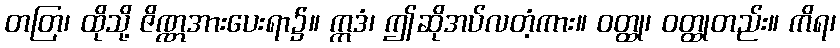
တတြ၊ ထိုသို့ ဇိဏ္ဏအားပေးရာ၌။ ဣဒံ၊ ဤဆိုအပ်လတံ့ကား။ ဝတ္ထု၊ ဝတ္ထုတည်း။ ကိရ၊